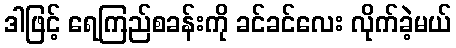
ဒါဖြင့် ရေကြည်စခန်းကို ခင်ခင်လေး လိုက်ခဲ့မယ်